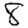
Digit: 8